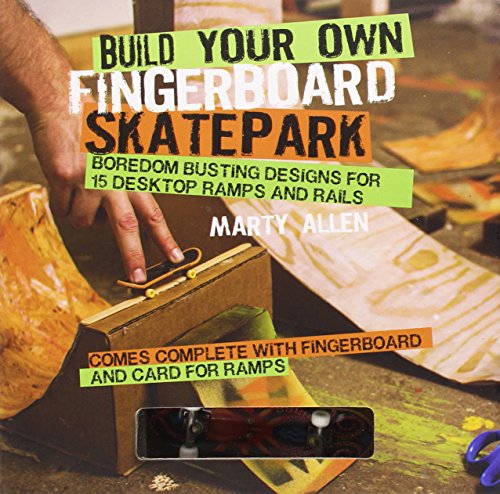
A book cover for Build Your Own Fingerboard Skatepark; Marty Allen; Humor & Entertainment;